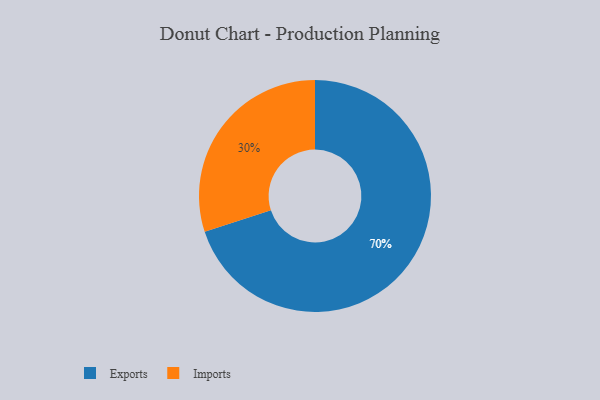
{"axis": {"x": "Category", "y": "Percentage"}, "legend": ["Exports", "Imports"], "data": [{"x": "Exports", "y": 70, "type": "Exports"}, {"x": "Imports", "y": 30, "type": "Imports"}]}